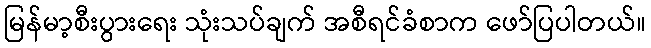
မြန်မာ့စီးပွားရေး သုံးသပ်ချက် အစီရင်ခံစာက ဖော်ပြပါတယ်။